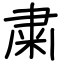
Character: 粛